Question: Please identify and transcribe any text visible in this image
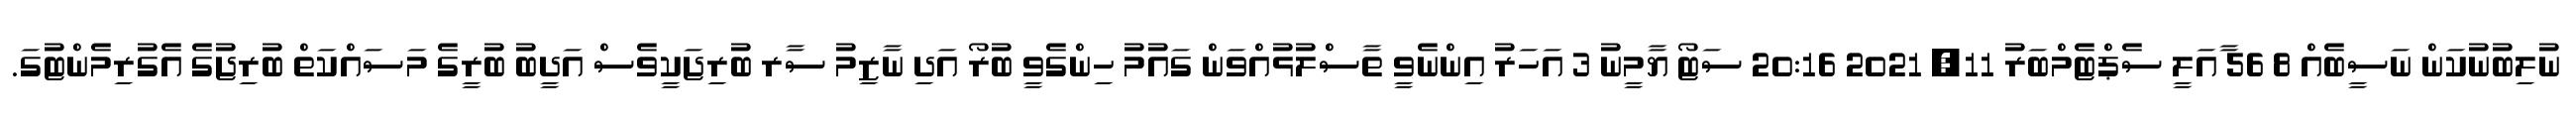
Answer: ނުލިބުނުކަން ނަސީބެއް 8 56 ާއަލީ ސެޕްޓެމްބަރު 11, 2021 20:16 ސަޓޯ ޔާމީނު 3 އަހަރު އިންނެވީ ތާސްލުޅުއްވަން ގައުމު ހިންގެވީ ބުރޯ އަދި ނާޒިމު ސާރ ބުރިޖަކީވެސް އަދީބު ބުރީގެ މަސައްކަތް ބުރިޖުގެ އެގުރިމެންޓުގަ.